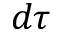
d \tau